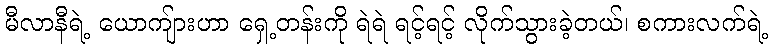
မီလာနီရဲ့ ယောကျ်ားဟာ ရှေ့တန်းကို ရဲရဲ ရင့်ရင့် လိုက်သွားခဲ့တယ်၊ စကားလက်ရဲ့